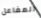
المفاعل